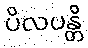
ပိလပန္တိ